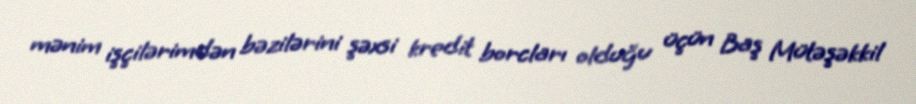
mənim işçilərimdən bəzilərini şəxsi kredit borcları olduğu üçün Baş Mütəşəkkil